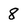
Character: 8